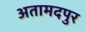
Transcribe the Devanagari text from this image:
अतामदपुर